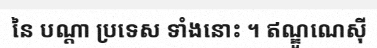
នៃ បណ្តា ប្រទេស ទាំងនោះ ។ ឥណ្ឌូណេស៊ី